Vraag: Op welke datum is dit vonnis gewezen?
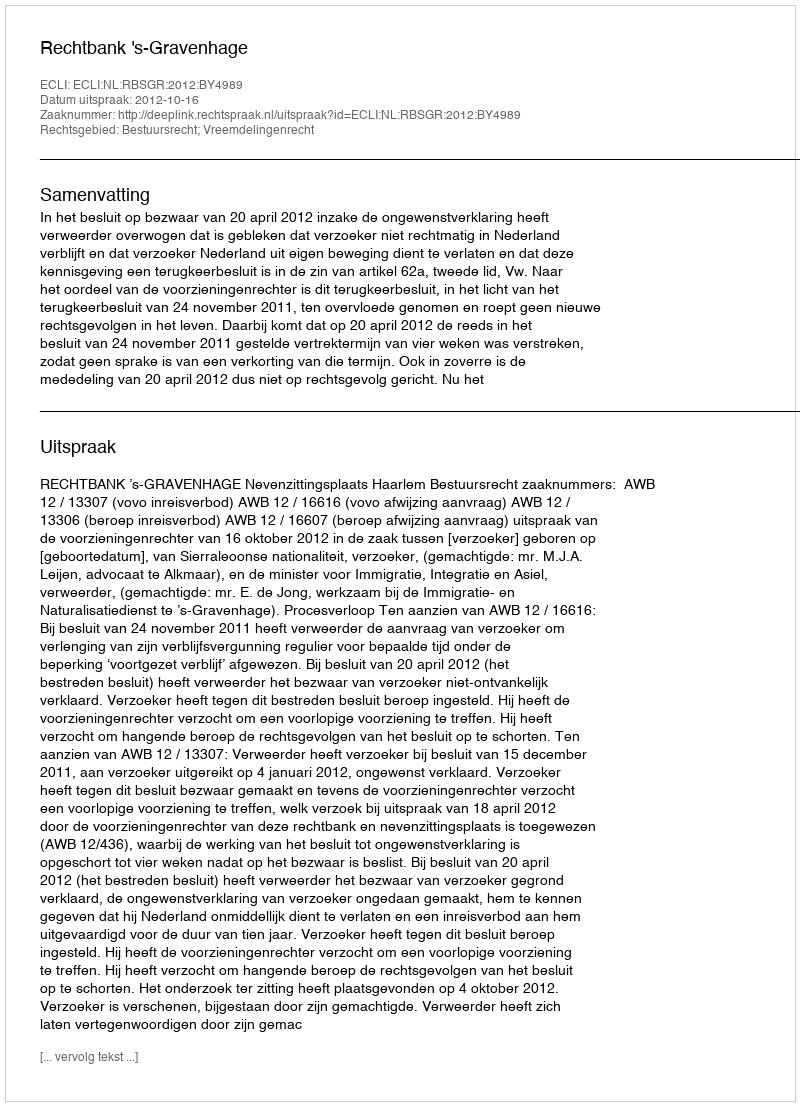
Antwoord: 2012-10-16